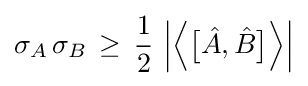
\sigma _{A}\,\sigma _{B}\,\geq \,{\frac {1}{2}}\,\left|{\Bigl \langle }{\bigl [}{\hat {A}},{\hat {B}}{\bigr ]}{\Bigr \rangle }\right|